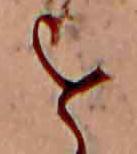
を